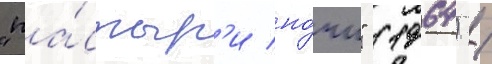
"па́стыр'и но́чи" (1964) /